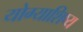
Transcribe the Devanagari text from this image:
योग्याशिष्य